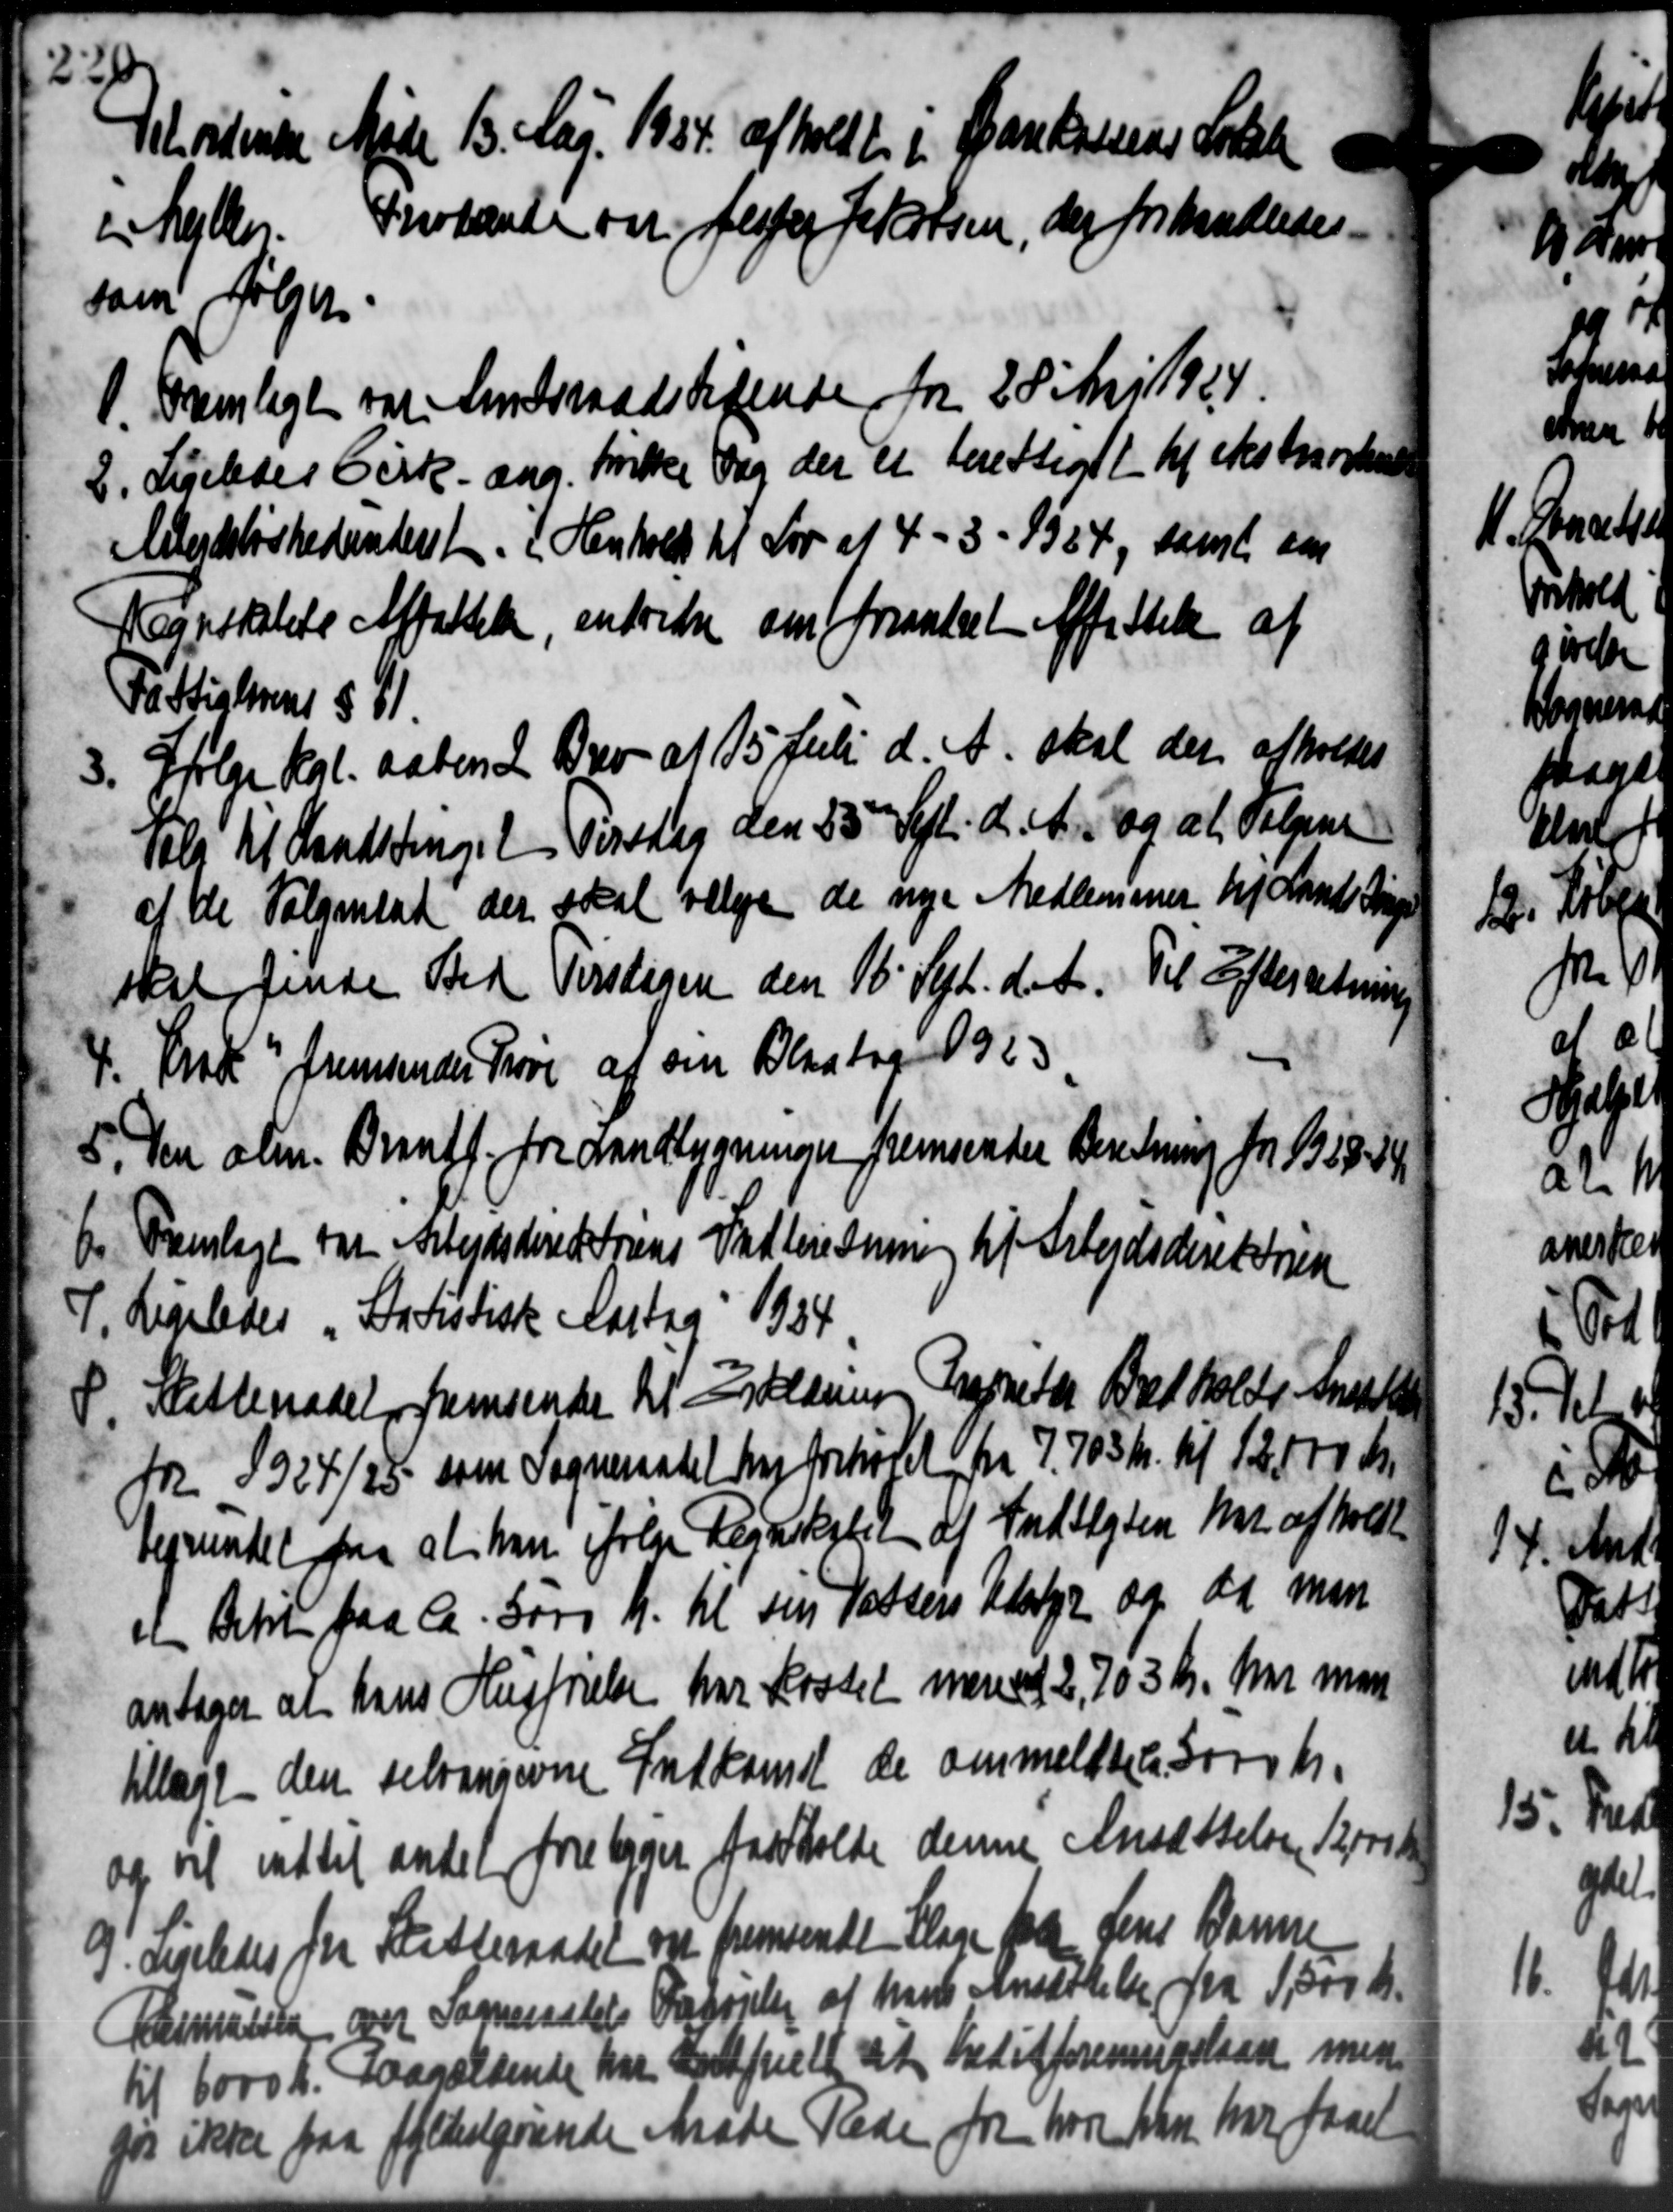
Transskription:
Til vidente Møde 13. Mag. 1934 afholdt i Spankassens Lokale
Instande om Jesper Jakobsen, der forhandledes.
Nyker
som følger.
1. Samligt var Amtsraadstidende fra 28 Maj 1924.
1. Samligt var Amtsraadstidende fra 28 Maj 1924.
2. Ligeledes Cirk. ang. hvilke dag der er berettiget til ekstraordne
2. Ligeledes Cirk. ang. hvilke dag der er berettiget til ekstraordne
Arbejdsløshedenderst. I Henhold til Lov af 4 - 3 - 8584, samt sam
Regnskabets Affatter, entritse om fremstaet Affattelse af
Fattighuse § 41
3. Ifølge Kal. aabende Brev af 15 Juli d. A. skal der afholdes
3. Ifølge Kal. aabende Brev af 15 Juli d. A. skal der afholdes
Salg til Landstinget Torsdag den 23 Sept. d. A. Sag af Valgene
af de Valgmat der skal vælge de nye Medlemmer til Landtes Søren
skal finde ved Torsdagen den 16' Sept. d. A. Til Efterretning
4. Frad fremsender Prøve af sin Blaatag. 1923
4. Frad fremsender Prøve af sin Blaatag. 1923
5. Den alm. Brandf. for aandbygninger fremsender Beretning fra 1358-54.
5. Den alm. Brandf. for aandbygninger fremsender Beretning fra 1358-54.
6. Fremlagt for Arbejdsdired Sørens Vadberetning til Arbejdsdirektøren
6. Fremlagt for Arbejdsdired Sørens Vadberetning til Arbejdsdirektøren
7, Ligeledes „Statistisk Lastag 1934.
7, Ligeledes „Statistisk Lastag 1934.

Skatteradet fremsender til Erklæringe Bregneter Betholds Anstal
for 1924/25 som Sogneraadet sig forhøiet fra 7.703 Kr. til 12.000 Kr.
Tegnendet faa at han ifølge Regnskabet af Indtægten Kr afholdt
el Betit paa Aar. Sorø H. til sin Valders Udstyr og da man
antoges at hans Husføielse har kostet mere af 2,703 Kr. har man
tillagt den selvangivne Indkomst de ommeldtes Forsk.
og vil indtil andel fra Egger fastholde denne Ansættelsen 12000 k
9. Ligeledes for Skatteraadet var fremsende Slage fra Jens Danne
9. Ligeledes for Skatteraadet var fremsende Slage fra Jens Danne
Rasmussen om Sogneraadets Forgørelse af hans Ansættelse fra 1500 Kr.
til 6000 Kr. Paagældende har spielt at heditforeningslaan men
for ikke paa foldestgrende Møde Rede for høre Man har faaet